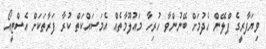
ވިޔަފާރީގެ ޕްލޭން ހެދުމަށް ބޭނުންވާ ހުރިހާ މައުލޫމާތެއް އެމަސައްކަތް ކުރާ ފަރާތަކަށް އެސްޓީއޯ